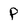
Character: P